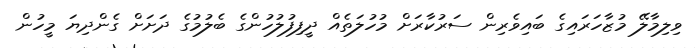
ވިލިމާލޭ މުޒާހަރައިގެ ބައިވެރިން ސަރުކާރަށް މުހުލަތެއް ދީފިފުލުހުންގެ ބެލުމުގެ ދަށަށް ގެންދިޔަ މީހުން